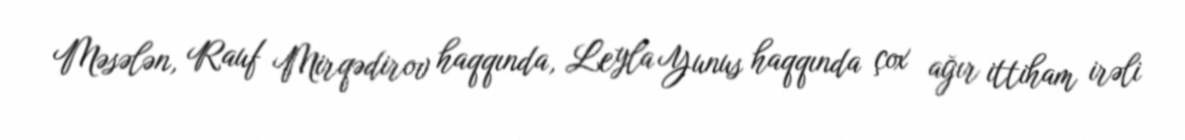
Məsələn, Rauf Mirqədirov haqqında, Leyla Yunus haqqında çox ağır ittiham irəli